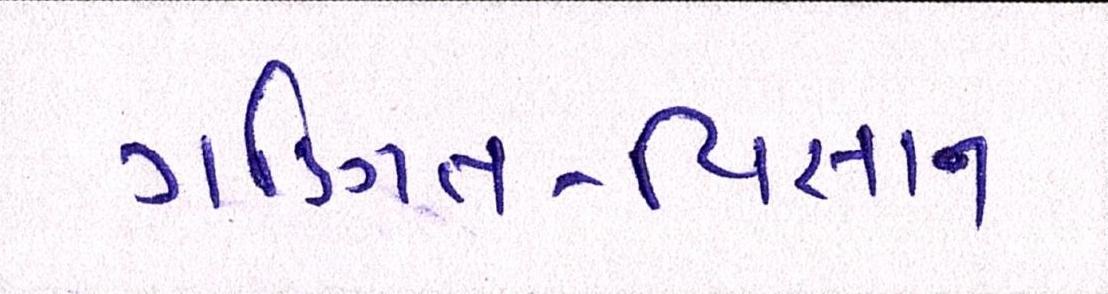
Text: ગણિત-વિજ્ઞાન